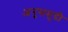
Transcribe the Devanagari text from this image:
अनुसमुद्री